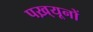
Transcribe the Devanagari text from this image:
पख़्यूनों